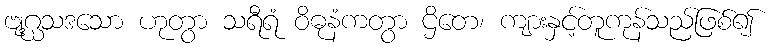
ဗျဂ္ဃသဒသော ဟုတွာ သရီရံ ဝိဓုနံကတွာ ဌိတေ၊ ကျားနှင့်တူကုန်သည်ဖြစ်၍